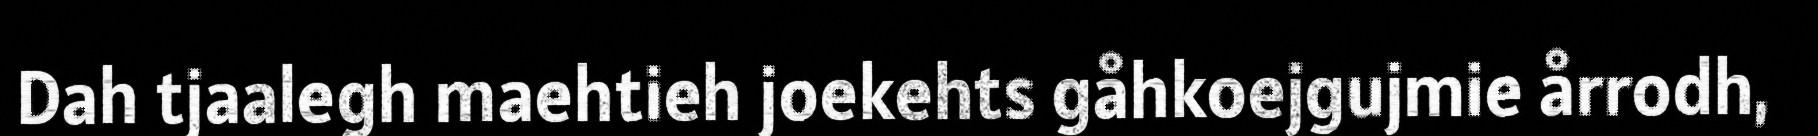
Dah tjaalegh maehtieh joekehts gåhkoejgujmie årrodh,